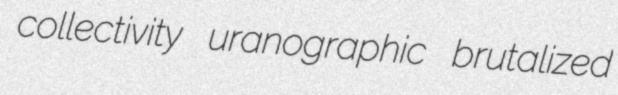
collectivity uranographic brutalized